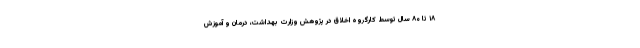
۱۸ تا ۸۰ سال توسط کارگروه اخلاق در پژوهش وزارت بهداشت، درمان و آموزش